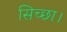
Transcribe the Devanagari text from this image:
सिच्‍छा।